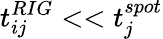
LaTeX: t_{ij}^{RIG}<<t_{j}^{spot}